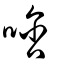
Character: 唅